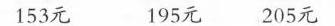
153元 195元205元